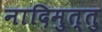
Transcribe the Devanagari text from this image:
नादिमुत्तु